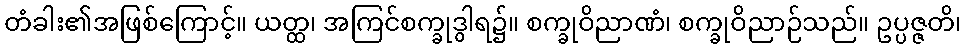
တံခါး၏အဖြစ်ကြောင့်။ ယတ္ထ၊ အကြင်စက္ခုဒွါရ၌။ စက္ခုဝိညာဏံ၊ စက္ခုဝိညာဉ်သည်။ ဥပ္ပဇ္ဇတိ၊